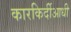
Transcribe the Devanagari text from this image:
कारकिर्दीआधी